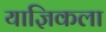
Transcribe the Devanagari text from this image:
याज्ञिकला